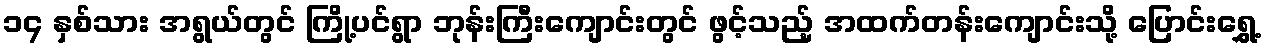
၁၄ နှစ်သား အရွယ်တွင် ကြို့ပင်ရွာ ဘုန်းကြီးကျောင်းတွင် ဖွင့်သည့် အထက်တန်းကျောင်းသို့ ပြောင်းရွှေ့